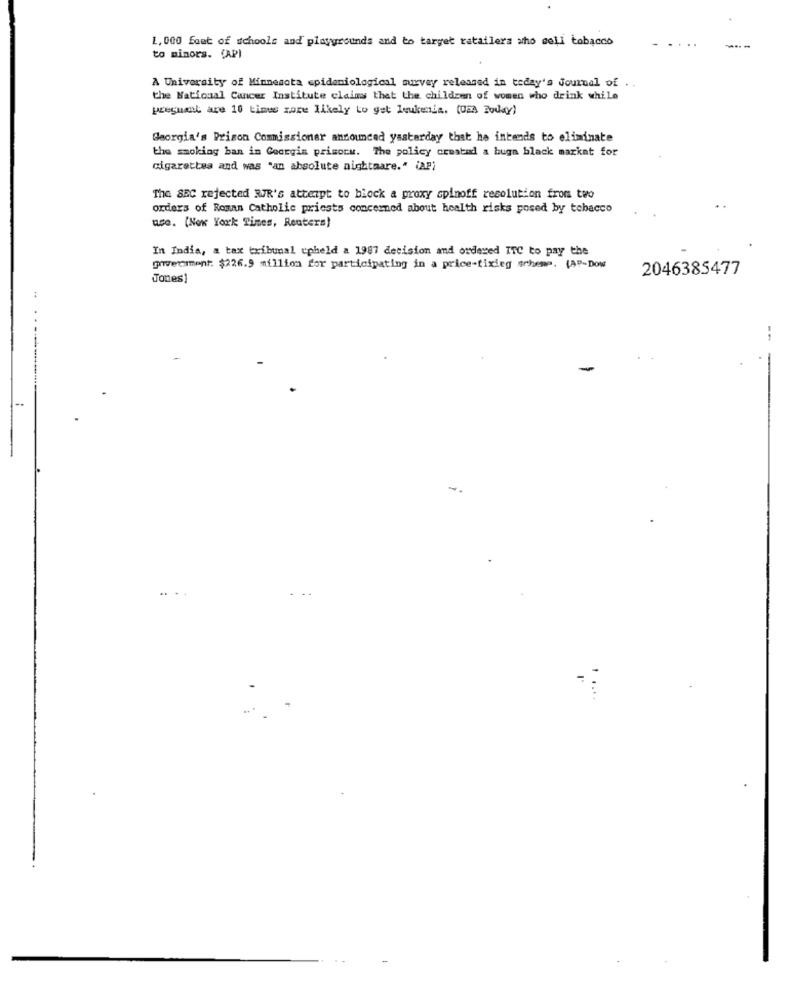
1. 000 feet of schools and playgrounds and to target rataflera who cell tobacco
to minors. (AP)
A University of Minnesota epidemiological survey released in today's Journal of . .
the National Cancer Institute claims that the children of women who drink while
pregnant are 10 times zare likely to get leukenia. (USA Today)
Georgia's Prison Commissioner announced yastarday that he intends to eliminate
the smoking ban in Georgia prisonw. The policy created a buga black market for
cigarettes and was "an absolute nightmare." (AP)
The SBC rejected R/R's attempt to block a proxy spinoff resolution from two
orders of Roman Catholic priests concerned about health risks posed by tobacco
ace. (New York Times, Reuters)
In India, a tax tribunal upheld a 1987 decision and ordered ITC to pay the
goverment: $226.9 million for participating in a price-fixing scheme. (AP-Dow
2046385477
Jones]
..
--